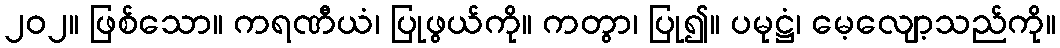
၂၀၂။ ဖြစ်သော။ ကရဏီယံ၊ ပြုဖွယ်ကို။ ကတွာ၊ ပြု၍။ ပမုဋ္ဌံ၊ မေ့လျော့သည်ကို။